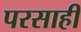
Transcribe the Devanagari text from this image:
परसाही